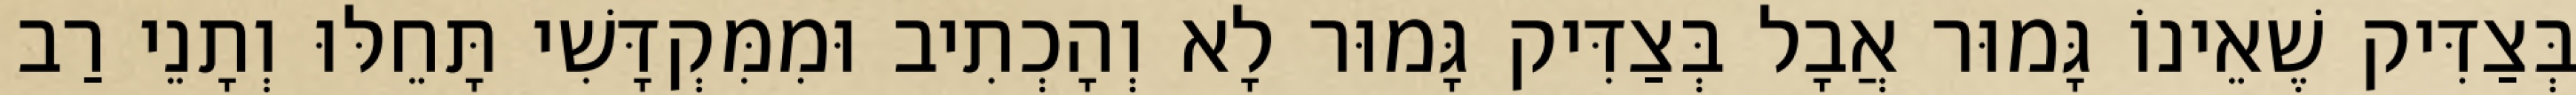
בְּצַדִּיק שֶׁאֵינוֹ גָּמוּר אֲבָל בְּצַדִּיק גָּמוּר לָא וְהָכְתִיב וּמִמִּקְדָּשִׁי תָּחֵלּוּ וְתָנֵי רַב